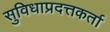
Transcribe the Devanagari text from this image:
सुविधाप्रदत्तकर्ता